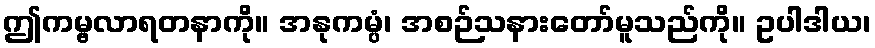
ဤကမ္ဗလာရတနာကို။ အနုကမ္ပံ၊ အစဉ်သနားတော်မူသည်ကို။ ဥပါဒါယ၊